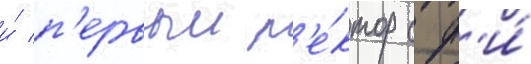
и́ п'ервыи р'е́ктор сф'и́